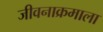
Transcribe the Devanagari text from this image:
जीवनाक्रमाला